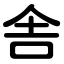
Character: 舎